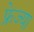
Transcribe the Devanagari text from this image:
फ्रेज्या